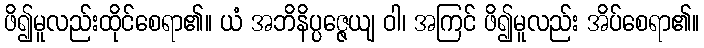
ဖိ၍မူလည်းထိုင်စေရာ၏။ ယံ အဘိနိပ္ပဇ္ဇေယျ ဝါ၊ အကြင် ဖိ၍မူလည်း အိပ်စေရာ၏။